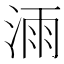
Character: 𣷌